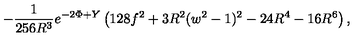
- \frac { 1 } { 2 5 6 R ^ { 3 } } e ^ { - 2 \Phi + Y } \left( 1 2 8 f ^ { 2 } + 3 R ^ { 2 } ( w ^ { 2 } - 1 ) ^ { 2 } - 2 4 R ^ { 4 } - 1 6 R ^ { 6 } \right) ,